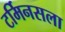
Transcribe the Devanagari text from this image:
टर्मिनसला